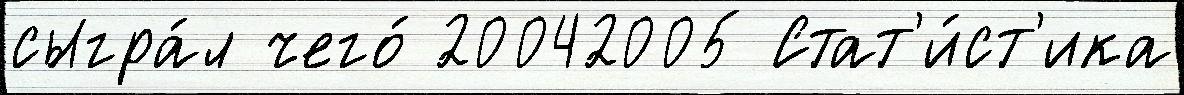
сыгра́л чего́ 20042005 Стат'и́ст'ика